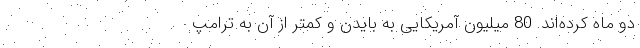
دو ماه کرده‌اند. 80 میلیون آمریکایی به بایدن و کمتر از آن به ترامپ